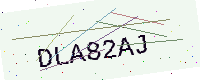
Text: DLA82AJ